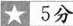
★5分